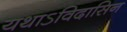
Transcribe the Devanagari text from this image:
यथाऽविदासिन